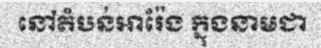
នៅតំបន់អារ៉ែង ក្នុងនាមជា